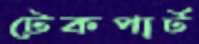
টেকপার্ট